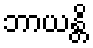
ဘာယန္တိ